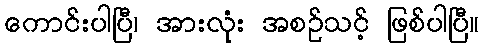
ကောင်းပါပြီ၊ အားလုံး အစဉ်သင့် ဖြစ်ပါပြီ။